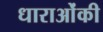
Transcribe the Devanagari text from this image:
धाराओंकी